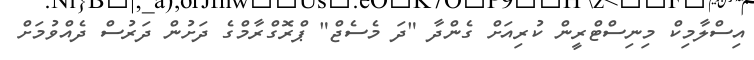
އިސްލާމިކް މިނިސްޓްރީން ކުރިއަށް ގެންދާ "ދަ މެސެޖް" ޕްރޮގްރާމްގެ ދަށުން ދަރުސް ދެއްވުމަށް